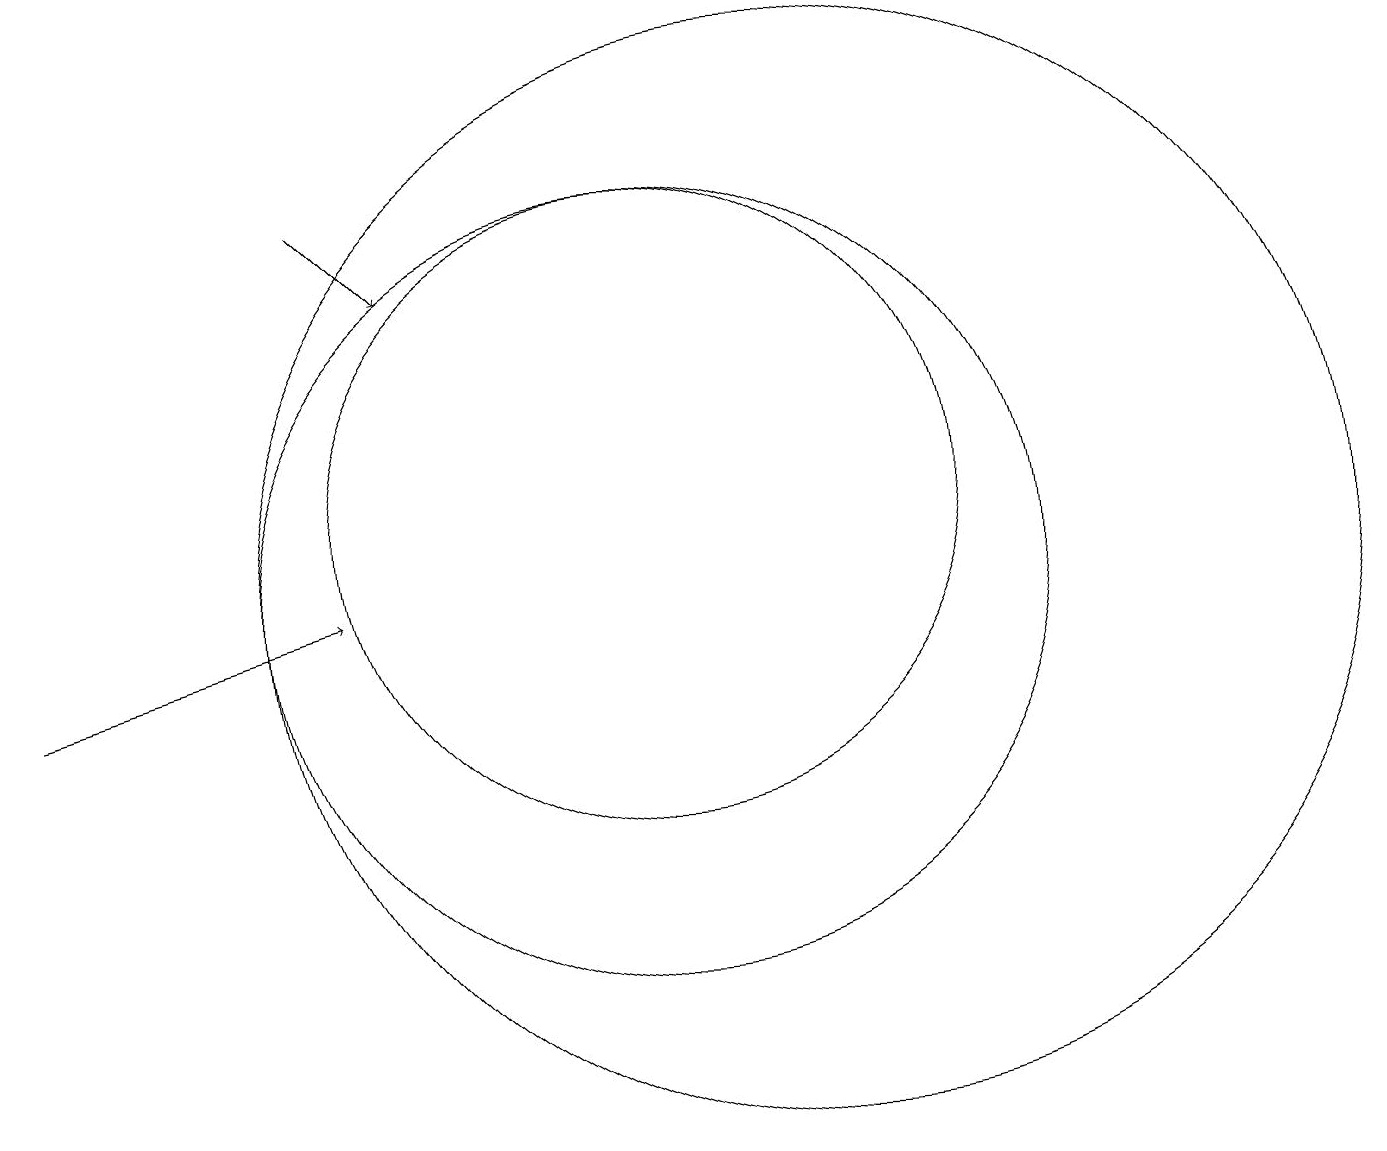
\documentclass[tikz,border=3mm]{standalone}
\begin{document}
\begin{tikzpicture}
\draw[->] (2,10) -- (6,11);
\draw (10,11) circle (5);
\draw (12,11) circle (7);
\draw[->] (6,16) -- (7,15);
\draw (10,12) circle (4);
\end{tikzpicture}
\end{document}